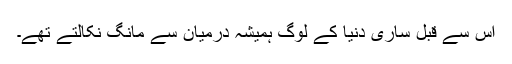
اُس سے قبل ساری دُنیا کے لوگ ہمیشہ درمیان سے مانگ نکالتے تھے۔